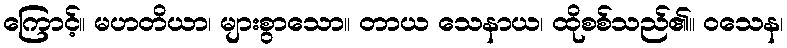
ကြောင့်။ မဟတိယာ၊ များစွာသော။ တာယ သေနာယ၊ ထိုစစ်သည်၏။ ဝသေန၊